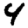
Digit: 4